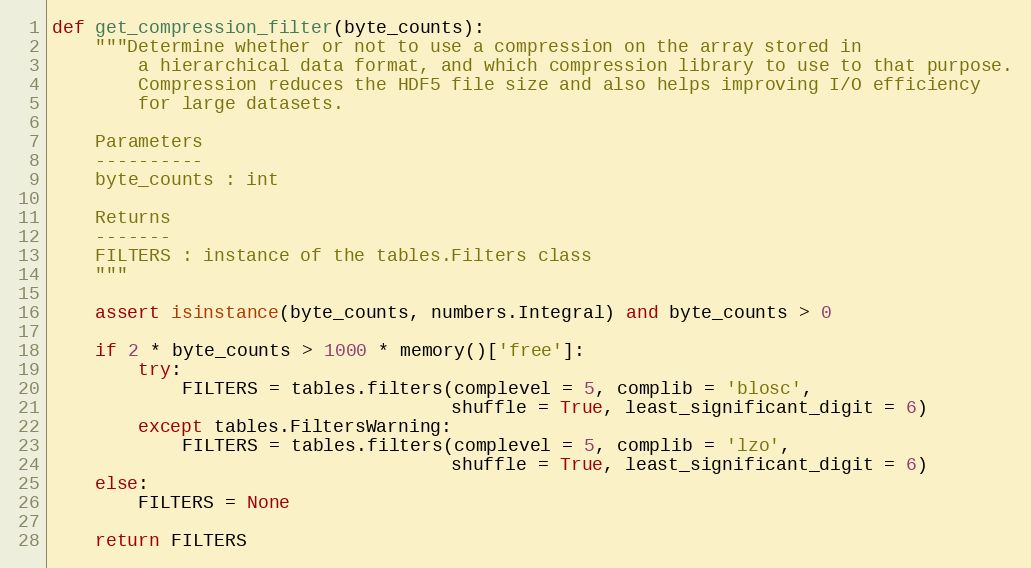
Language: Python
def get_compression_filter(byte_counts):
    """Determine whether or not to use a compression on the array stored in
        a hierarchical data format, and which compression library to use to that purpose.
        Compression reduces the HDF5 file size and also helps improving I/O efficiency
        for large datasets.

    Parameters
    ----------
    byte_counts : int

    Returns
    -------
    FILTERS : instance of the tables.Filters class
    """

    assert isinstance(byte_counts, numbers.Integral) and byte_counts > 0

    if 2 * byte_counts > 1000 * memory()['free']:
        try:
            FILTERS = tables.filters(complevel = 5, complib = 'blosc',
                                     shuffle = True, least_significant_digit = 6)
        except tables.FiltersWarning:
            FILTERS = tables.filters(complevel = 5, complib = 'lzo',
                                     shuffle = True, least_significant_digit = 6)
    else:
        FILTERS = None

    return FILTERS